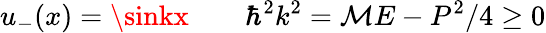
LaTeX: u_{-}(x)=\sinkx\qquad\hbar^{2}k^{2}=\mathcal{M}E-P^{2}/4\ge0